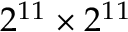
2 ^ { 1 1 } \times 2 ^ { 1 1 }